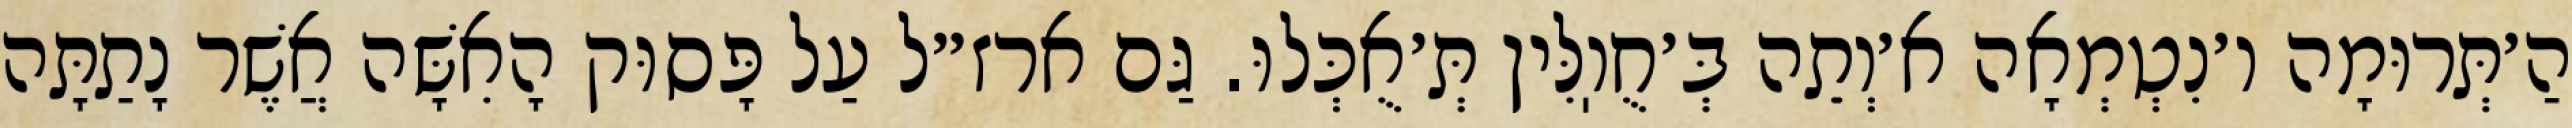
הַ׳תְּרוּמָה ו׳נִטְמְאָה א׳וְתֵה בְּ׳חֻוֽלִּין תְּ׳אֻכְּלוּ. גַּם ארז״ל עַל פָּסוּק הָאִשָּׁה אֲשֶׁר נָתַתָּה